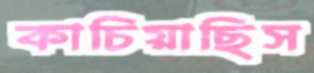
কাচিয়াছিস